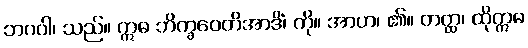
ဘဂဝါ၊ သည်။ ဣဓ ဘိက္ခဝေတိအာဒိံ၊ ကို။ အာဟ၊ ၏။ တတ္ထ၊ ထိုဣဓ